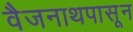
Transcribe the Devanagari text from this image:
वैजनाथपासून